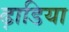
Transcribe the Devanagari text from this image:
ढ़ाडिया